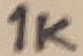
Text: 1K